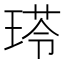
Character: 𤧍